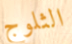
الثلوج